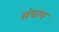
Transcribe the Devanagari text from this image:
संघाच